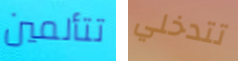
تتألمين تتدخلي